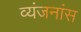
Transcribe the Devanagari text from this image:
व्यंजनांस